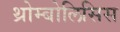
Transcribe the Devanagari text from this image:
थ्रोम्बोलिसिस